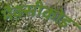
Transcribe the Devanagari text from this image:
मैक्सीकोड